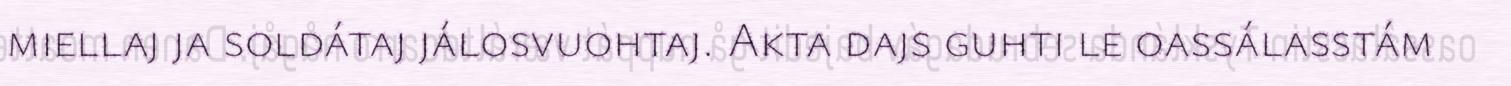
miellaj ja soldátaj jálosvuohtaj. Akta dajs guhti le oassálasstám